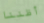
أظننا